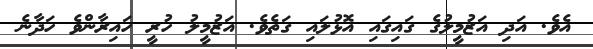
އެވެ. އަދި އަޒުމީލުގެ ގައިގައި އޮޅުލައި ގަތެވެ. އަޒުމީލު ހުރީ ހައިރާންވެ ހަދާނެ